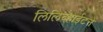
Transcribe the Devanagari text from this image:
लिलिव्हाईटने